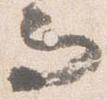
而